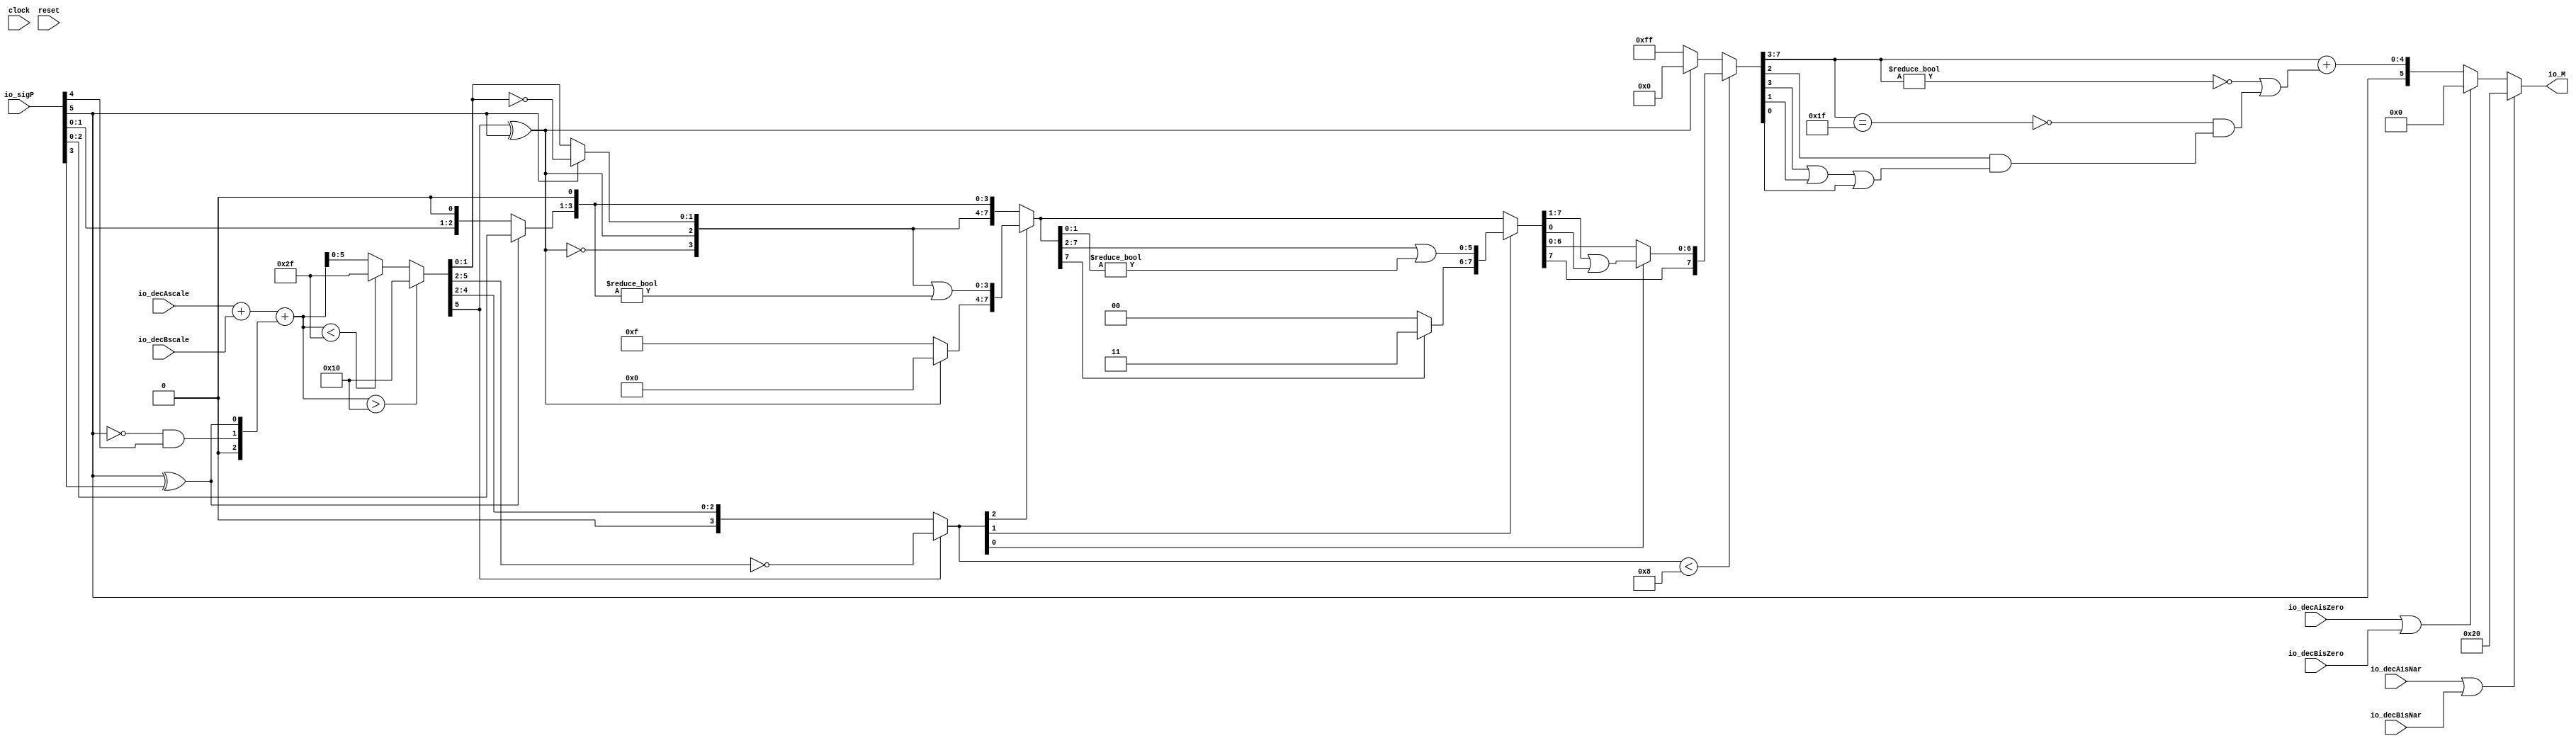
module PositMulEnc6_2(
  input        clock,
  input        reset,
  input  [5:0] io_sigP,
  input  [5:0] io_decAscale,
  input  [5:0] io_decBscale,
  input        io_decAisNar,
  input        io_decBisNar,
  input        io_decAisZero,
  input        io_decBisZero,
  output [5:0] io_M
);
  wire [1:0] head2; // @[PositMulEnc.scala 24:33]
  wire  _T; // @[PositMulEnc.scala 25:31]
  wire  _T_1; // @[PositMulEnc.scala 25:25]
  wire  _T_2; // @[PositMulEnc.scala 25:42]
  wire  addTwo; // @[PositMulEnc.scala 25:35]
  wire  _T_3; // @[PositMulEnc.scala 27:26]
  wire  _T_4; // @[PositMulEnc.scala 27:55]
  wire  addOne; // @[PositMulEnc.scala 27:46]
  wire [1:0] _T_5; // @[Cat.scala 29:58]
  wire [2:0] expBias; // @[PositMulEnc.scala 28:39]
  wire [2:0] _T_6; // @[PositMulEnc.scala 31:84]
  wire [1:0] _T_7; // @[PositMulEnc.scala 32:84]
  wire [2:0] _T_8; // @[PositMulEnc.scala 32:107]
  wire [2:0] frac; // @[PositMulEnc.scala 29:22]
  wire [6:0] _T_9; // @[PositMulEnc.scala 35:32]
  wire [6:0] _GEN_0; // @[PositMulEnc.scala 35:48]
  wire [6:0] _T_11; // @[PositMulEnc.scala 35:48]
  wire [6:0] mulScale; // @[PositMulEnc.scala 35:48]
  wire  underflow; // @[PositMulEnc.scala 36:28]
  wire  overflow; // @[PositMulEnc.scala 37:28]
  wire  decM_sign; // @[PositMulEnc.scala 40:32]
  wire [6:0] _T_14; // @[Mux.scala 87:16]
  wire [6:0] _T_15; // @[Mux.scala 87:16]
  wire  decM_fraction; // @[PositMulEnc.scala 48:29]
  wire  decM_isNaR; // @[PositMulEnc.scala 49:33]
  wire  decM_isZero; // @[PositMulEnc.scala 50:34]
  wire [1:0] grsTmp; // @[PositMulEnc.scala 53:30]
  wire [5:0] _GEN_1; // @[PositMulEnc.scala 39:23 PositMulEnc.scala 41:17]
  wire [5:0] decM_scale; // @[PositMulEnc.scala 39:23 PositMulEnc.scala 41:17]
  wire [1:0] _T_21; // @[convert.scala 46:61]
  wire [1:0] _T_22; // @[convert.scala 46:52]
  wire [1:0] _T_24; // @[convert.scala 46:42]
  wire [3:0] _T_25; // @[convert.scala 48:34]
  wire  _T_26; // @[convert.scala 49:36]
  wire [3:0] _T_28; // @[convert.scala 50:36]
  wire [3:0] _T_29; // @[convert.scala 50:36]
  wire [3:0] _T_30; // @[convert.scala 50:28]
  wire  _T_31; // @[convert.scala 51:31]
  wire  _T_32; // @[convert.scala 52:43]
  wire [7:0] _T_36; // @[Cat.scala 29:58]
  wire [3:0] _T_37; // @[Shift.scala 39:17]
  wire  _T_38; // @[Shift.scala 39:24]
  wire [2:0] _T_39; // @[Shift.scala 40:44]
  wire [3:0] _T_40; // @[Shift.scala 90:30]
  wire [3:0] _T_41; // @[Shift.scala 90:48]
  wire  _T_42; // @[Shift.scala 90:57]
  wire [3:0] _GEN_2; // @[Shift.scala 90:39]
  wire [3:0] _T_43; // @[Shift.scala 90:39]
  wire  _T_44; // @[Shift.scala 12:21]
  wire  _T_45; // @[Shift.scala 12:21]
  wire [3:0] _T_47; // @[Bitwise.scala 71:12]
  wire [7:0] _T_48; // @[Cat.scala 29:58]
  wire [7:0] _T_49; // @[Shift.scala 91:22]
  wire [1:0] _T_50; // @[Shift.scala 92:77]
  wire [5:0] _T_51; // @[Shift.scala 90:30]
  wire [1:0] _T_52; // @[Shift.scala 90:48]
  wire  _T_53; // @[Shift.scala 90:57]
  wire [5:0] _GEN_3; // @[Shift.scala 90:39]
  wire [5:0] _T_54; // @[Shift.scala 90:39]
  wire  _T_55; // @[Shift.scala 12:21]
  wire  _T_56; // @[Shift.scala 12:21]
  wire [1:0] _T_58; // @[Bitwise.scala 71:12]
  wire [7:0] _T_59; // @[Cat.scala 29:58]
  wire [7:0] _T_60; // @[Shift.scala 91:22]
  wire  _T_61; // @[Shift.scala 92:77]
  wire [6:0] _T_62; // @[Shift.scala 90:30]
  wire  _T_63; // @[Shift.scala 90:48]
  wire [6:0] _GEN_4; // @[Shift.scala 90:39]
  wire [6:0] _T_65; // @[Shift.scala 90:39]
  wire  _T_67; // @[Shift.scala 12:21]
  wire [7:0] _T_68; // @[Cat.scala 29:58]
  wire [7:0] _T_69; // @[Shift.scala 91:22]
  wire [7:0] _T_72; // @[Bitwise.scala 71:12]
  wire [7:0] _T_73; // @[Shift.scala 39:10]
  wire  _T_74; // @[convert.scala 55:31]
  wire  _T_75; // @[convert.scala 56:31]
  wire  _T_76; // @[convert.scala 57:31]
  wire  _T_77; // @[convert.scala 58:31]
  wire [4:0] _T_78; // @[convert.scala 59:69]
  wire  _T_79; // @[convert.scala 59:81]
  wire  _T_80; // @[convert.scala 59:50]
  wire  _T_82; // @[convert.scala 60:81]
  wire  _T_83; // @[convert.scala 61:44]
  wire  _T_84; // @[convert.scala 61:52]
  wire  _T_85; // @[convert.scala 61:36]
  wire  _T_86; // @[convert.scala 62:63]
  wire  _T_87; // @[convert.scala 62:103]
  wire  _T_88; // @[convert.scala 62:60]
  wire [4:0] _GEN_5; // @[convert.scala 63:56]
  wire [4:0] _T_91; // @[convert.scala 63:56]
  wire [5:0] _T_92; // @[Cat.scala 29:58]
  wire [5:0] _T_94; // @[Mux.scala 87:16]
  assign head2 = io_sigP[5:4]; // @[PositMulEnc.scala 24:33]
  assign _T = head2[1]; // @[PositMulEnc.scala 25:31]
  assign _T_1 = ~ _T; // @[PositMulEnc.scala 25:25]
  assign _T_2 = head2[0]; // @[PositMulEnc.scala 25:42]
  assign addTwo = _T_1 & _T_2; // @[PositMulEnc.scala 25:35]
  assign _T_3 = io_sigP[5]; // @[PositMulEnc.scala 27:26]
  assign _T_4 = io_sigP[3]; // @[PositMulEnc.scala 27:55]
  assign addOne = _T_3 ^ _T_4; // @[PositMulEnc.scala 27:46]
  assign _T_5 = {addTwo,addOne}; // @[Cat.scala 29:58]
  assign expBias = {1'b0,$signed(_T_5)}; // @[PositMulEnc.scala 28:39]
  assign _T_6 = io_sigP[2:0]; // @[PositMulEnc.scala 31:84]
  assign _T_7 = io_sigP[1:0]; // @[PositMulEnc.scala 32:84]
  assign _T_8 = {_T_7, 1'h0}; // @[PositMulEnc.scala 32:107]
  assign frac = addOne ? _T_6 : _T_8; // @[PositMulEnc.scala 29:22]
  assign _T_9 = $signed(io_decAscale) + $signed(io_decBscale); // @[PositMulEnc.scala 35:32]
  assign _GEN_0 = {{4{expBias[2]}},expBias}; // @[PositMulEnc.scala 35:48]
  assign _T_11 = $signed(_T_9) + $signed(_GEN_0); // @[PositMulEnc.scala 35:48]
  assign mulScale = $signed(_T_11); // @[PositMulEnc.scala 35:48]
  assign underflow = $signed(mulScale) < $signed(-7'sh11); // @[PositMulEnc.scala 36:28]
  assign overflow = $signed(mulScale) > $signed(7'sh10); // @[PositMulEnc.scala 37:28]
  assign decM_sign = io_sigP[5:5]; // @[PositMulEnc.scala 40:32]
  assign _T_14 = underflow ? $signed(-7'sh11) : $signed(mulScale); // @[Mux.scala 87:16]
  assign _T_15 = overflow ? $signed(7'sh10) : $signed(_T_14); // @[Mux.scala 87:16]
  assign decM_fraction = frac[2:2]; // @[PositMulEnc.scala 48:29]
  assign decM_isNaR = io_decAisNar | io_decBisNar; // @[PositMulEnc.scala 49:33]
  assign decM_isZero = io_decAisZero | io_decBisZero; // @[PositMulEnc.scala 50:34]
  assign grsTmp = frac[1:0]; // @[PositMulEnc.scala 53:30]
  assign _GEN_1 = _T_15[5:0]; // @[PositMulEnc.scala 39:23 PositMulEnc.scala 41:17]
  assign decM_scale = $signed(_GEN_1); // @[PositMulEnc.scala 39:23 PositMulEnc.scala 41:17]
  assign _T_21 = decM_scale[1:0]; // @[convert.scala 46:61]
  assign _T_22 = ~ _T_21; // @[convert.scala 46:52]
  assign _T_24 = decM_sign ? _T_22 : _T_21; // @[convert.scala 46:42]
  assign _T_25 = decM_scale[5:2]; // @[convert.scala 48:34]
  assign _T_26 = _T_25[3:3]; // @[convert.scala 49:36]
  assign _T_28 = ~ _T_25; // @[convert.scala 50:36]
  assign _T_29 = $signed(_T_28); // @[convert.scala 50:36]
  assign _T_30 = _T_26 ? $signed(_T_29) : $signed(_T_25); // @[convert.scala 50:28]
  assign _T_31 = _T_26 ^ decM_sign; // @[convert.scala 51:31]
  assign _T_32 = ~ _T_31; // @[convert.scala 52:43]
  assign _T_36 = {_T_32,_T_31,_T_24,decM_fraction,grsTmp,1'h0}; // @[Cat.scala 29:58]
  assign _T_37 = $unsigned(_T_30); // @[Shift.scala 39:17]
  assign _T_38 = _T_37 < 4'h8; // @[Shift.scala 39:24]
  assign _T_39 = _T_30[2:0]; // @[Shift.scala 40:44]
  assign _T_40 = _T_36[7:4]; // @[Shift.scala 90:30]
  assign _T_41 = _T_36[3:0]; // @[Shift.scala 90:48]
  assign _T_42 = _T_41 != 4'h0; // @[Shift.scala 90:57]
  assign _GEN_2 = {{3'd0}, _T_42}; // @[Shift.scala 90:39]
  assign _T_43 = _T_40 | _GEN_2; // @[Shift.scala 90:39]
  assign _T_44 = _T_39[2]; // @[Shift.scala 12:21]
  assign _T_45 = _T_36[7]; // @[Shift.scala 12:21]
  assign _T_47 = _T_45 ? 4'hf : 4'h0; // @[Bitwise.scala 71:12]
  assign _T_48 = {_T_47,_T_43}; // @[Cat.scala 29:58]
  assign _T_49 = _T_44 ? _T_48 : _T_36; // @[Shift.scala 91:22]
  assign _T_50 = _T_39[1:0]; // @[Shift.scala 92:77]
  assign _T_51 = _T_49[7:2]; // @[Shift.scala 90:30]
  assign _T_52 = _T_49[1:0]; // @[Shift.scala 90:48]
  assign _T_53 = _T_52 != 2'h0; // @[Shift.scala 90:57]
  assign _GEN_3 = {{5'd0}, _T_53}; // @[Shift.scala 90:39]
  assign _T_54 = _T_51 | _GEN_3; // @[Shift.scala 90:39]
  assign _T_55 = _T_50[1]; // @[Shift.scala 12:21]
  assign _T_56 = _T_49[7]; // @[Shift.scala 12:21]
  assign _T_58 = _T_56 ? 2'h3 : 2'h0; // @[Bitwise.scala 71:12]
  assign _T_59 = {_T_58,_T_54}; // @[Cat.scala 29:58]
  assign _T_60 = _T_55 ? _T_59 : _T_49; // @[Shift.scala 91:22]
  assign _T_61 = _T_50[0:0]; // @[Shift.scala 92:77]
  assign _T_62 = _T_60[7:1]; // @[Shift.scala 90:30]
  assign _T_63 = _T_60[0:0]; // @[Shift.scala 90:48]
  assign _GEN_4 = {{6'd0}, _T_63}; // @[Shift.scala 90:39]
  assign _T_65 = _T_62 | _GEN_4; // @[Shift.scala 90:39]
  assign _T_67 = _T_60[7]; // @[Shift.scala 12:21]
  assign _T_68 = {_T_67,_T_65}; // @[Cat.scala 29:58]
  assign _T_69 = _T_61 ? _T_68 : _T_60; // @[Shift.scala 91:22]
  assign _T_72 = _T_45 ? 8'hff : 8'h0; // @[Bitwise.scala 71:12]
  assign _T_73 = _T_38 ? _T_69 : _T_72; // @[Shift.scala 39:10]
  assign _T_74 = _T_73[3]; // @[convert.scala 55:31]
  assign _T_75 = _T_73[2]; // @[convert.scala 56:31]
  assign _T_76 = _T_73[1]; // @[convert.scala 57:31]
  assign _T_77 = _T_73[0]; // @[convert.scala 58:31]
  assign _T_78 = _T_73[7:3]; // @[convert.scala 59:69]
  assign _T_79 = _T_78 != 5'h0; // @[convert.scala 59:81]
  assign _T_80 = ~ _T_79; // @[convert.scala 59:50]
  assign _T_82 = _T_78 == 5'h1f; // @[convert.scala 60:81]
  assign _T_83 = _T_74 | _T_76; // @[convert.scala 61:44]
  assign _T_84 = _T_83 | _T_77; // @[convert.scala 61:52]
  assign _T_85 = _T_75 & _T_84; // @[convert.scala 61:36]
  assign _T_86 = ~ _T_82; // @[convert.scala 62:63]
  assign _T_87 = _T_86 & _T_85; // @[convert.scala 62:103]
  assign _T_88 = _T_80 | _T_87; // @[convert.scala 62:60]
  assign _GEN_5 = {{4'd0}, _T_88}; // @[convert.scala 63:56]
  assign _T_91 = _T_78 + _GEN_5; // @[convert.scala 63:56]
  assign _T_92 = {decM_sign,_T_91}; // @[Cat.scala 29:58]
  assign _T_94 = decM_isZero ? 6'h0 : _T_92; // @[Mux.scala 87:16]
  assign io_M = decM_isNaR ? 6'h20 : _T_94; // @[PositMulEnc.scala 64:8]
endmodule